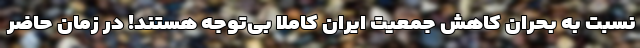
نسبت به بحران کاهش جمعیت ایران کاملاً بی‌توجه هستند! در زمان حاضر